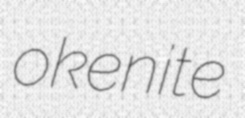
okenite